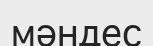
мәндес